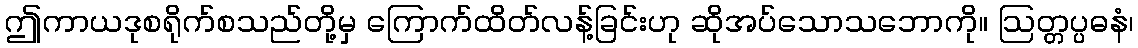
ဤကာယဒုစရိုက်စသည်တို့မှ ကြောက်ထိတ်လန့်ခြင်းဟု ဆိုအပ်သောသဘောကို။ ဩတ္တပ္ပဓနံ၊